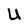
Character: U